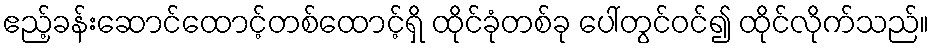
ဧည့်ခန်းဆောင်ထောင့်တစ်ထောင့်ရှိ ထိုင်ခုံတစ်ခု ပေါ်တွင်ဝင်၍ ထိုင်လိုက်သည်။